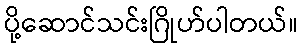
ပို့ဆောင်သင်းဂြိုဟ်ပါတယ်။